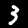
Label: 3